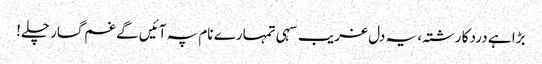
بڑا ہے درد کا رشتہ، یہ دل غریب سہی تمہارے نام پہ آئیں گے غم گسار چلے!